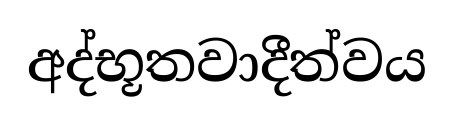
අද්භූතවාදීත්වය